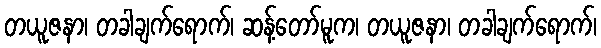
တယူဇနာ၊ တခါချက်ရောက်၊ ဆန့်တော်မူက၊ တယူဇနာ၊ တခါချက်ရောက်၊